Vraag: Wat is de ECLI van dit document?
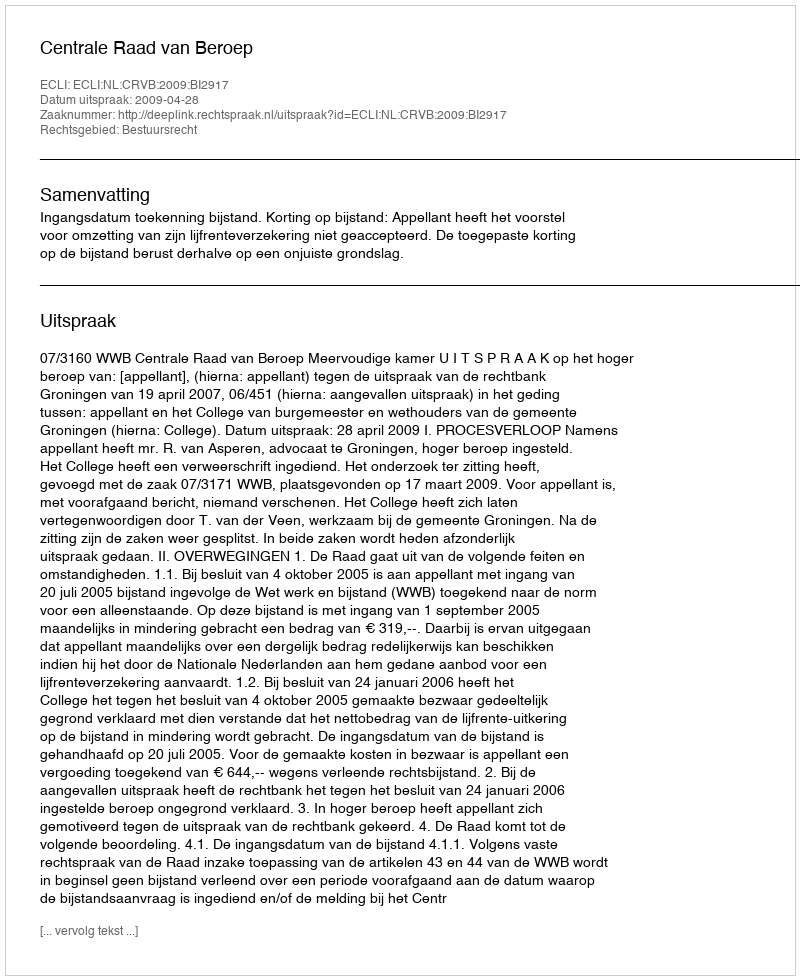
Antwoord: ECLI:NL:CRVB:2009:BI2917